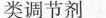
类调节剂